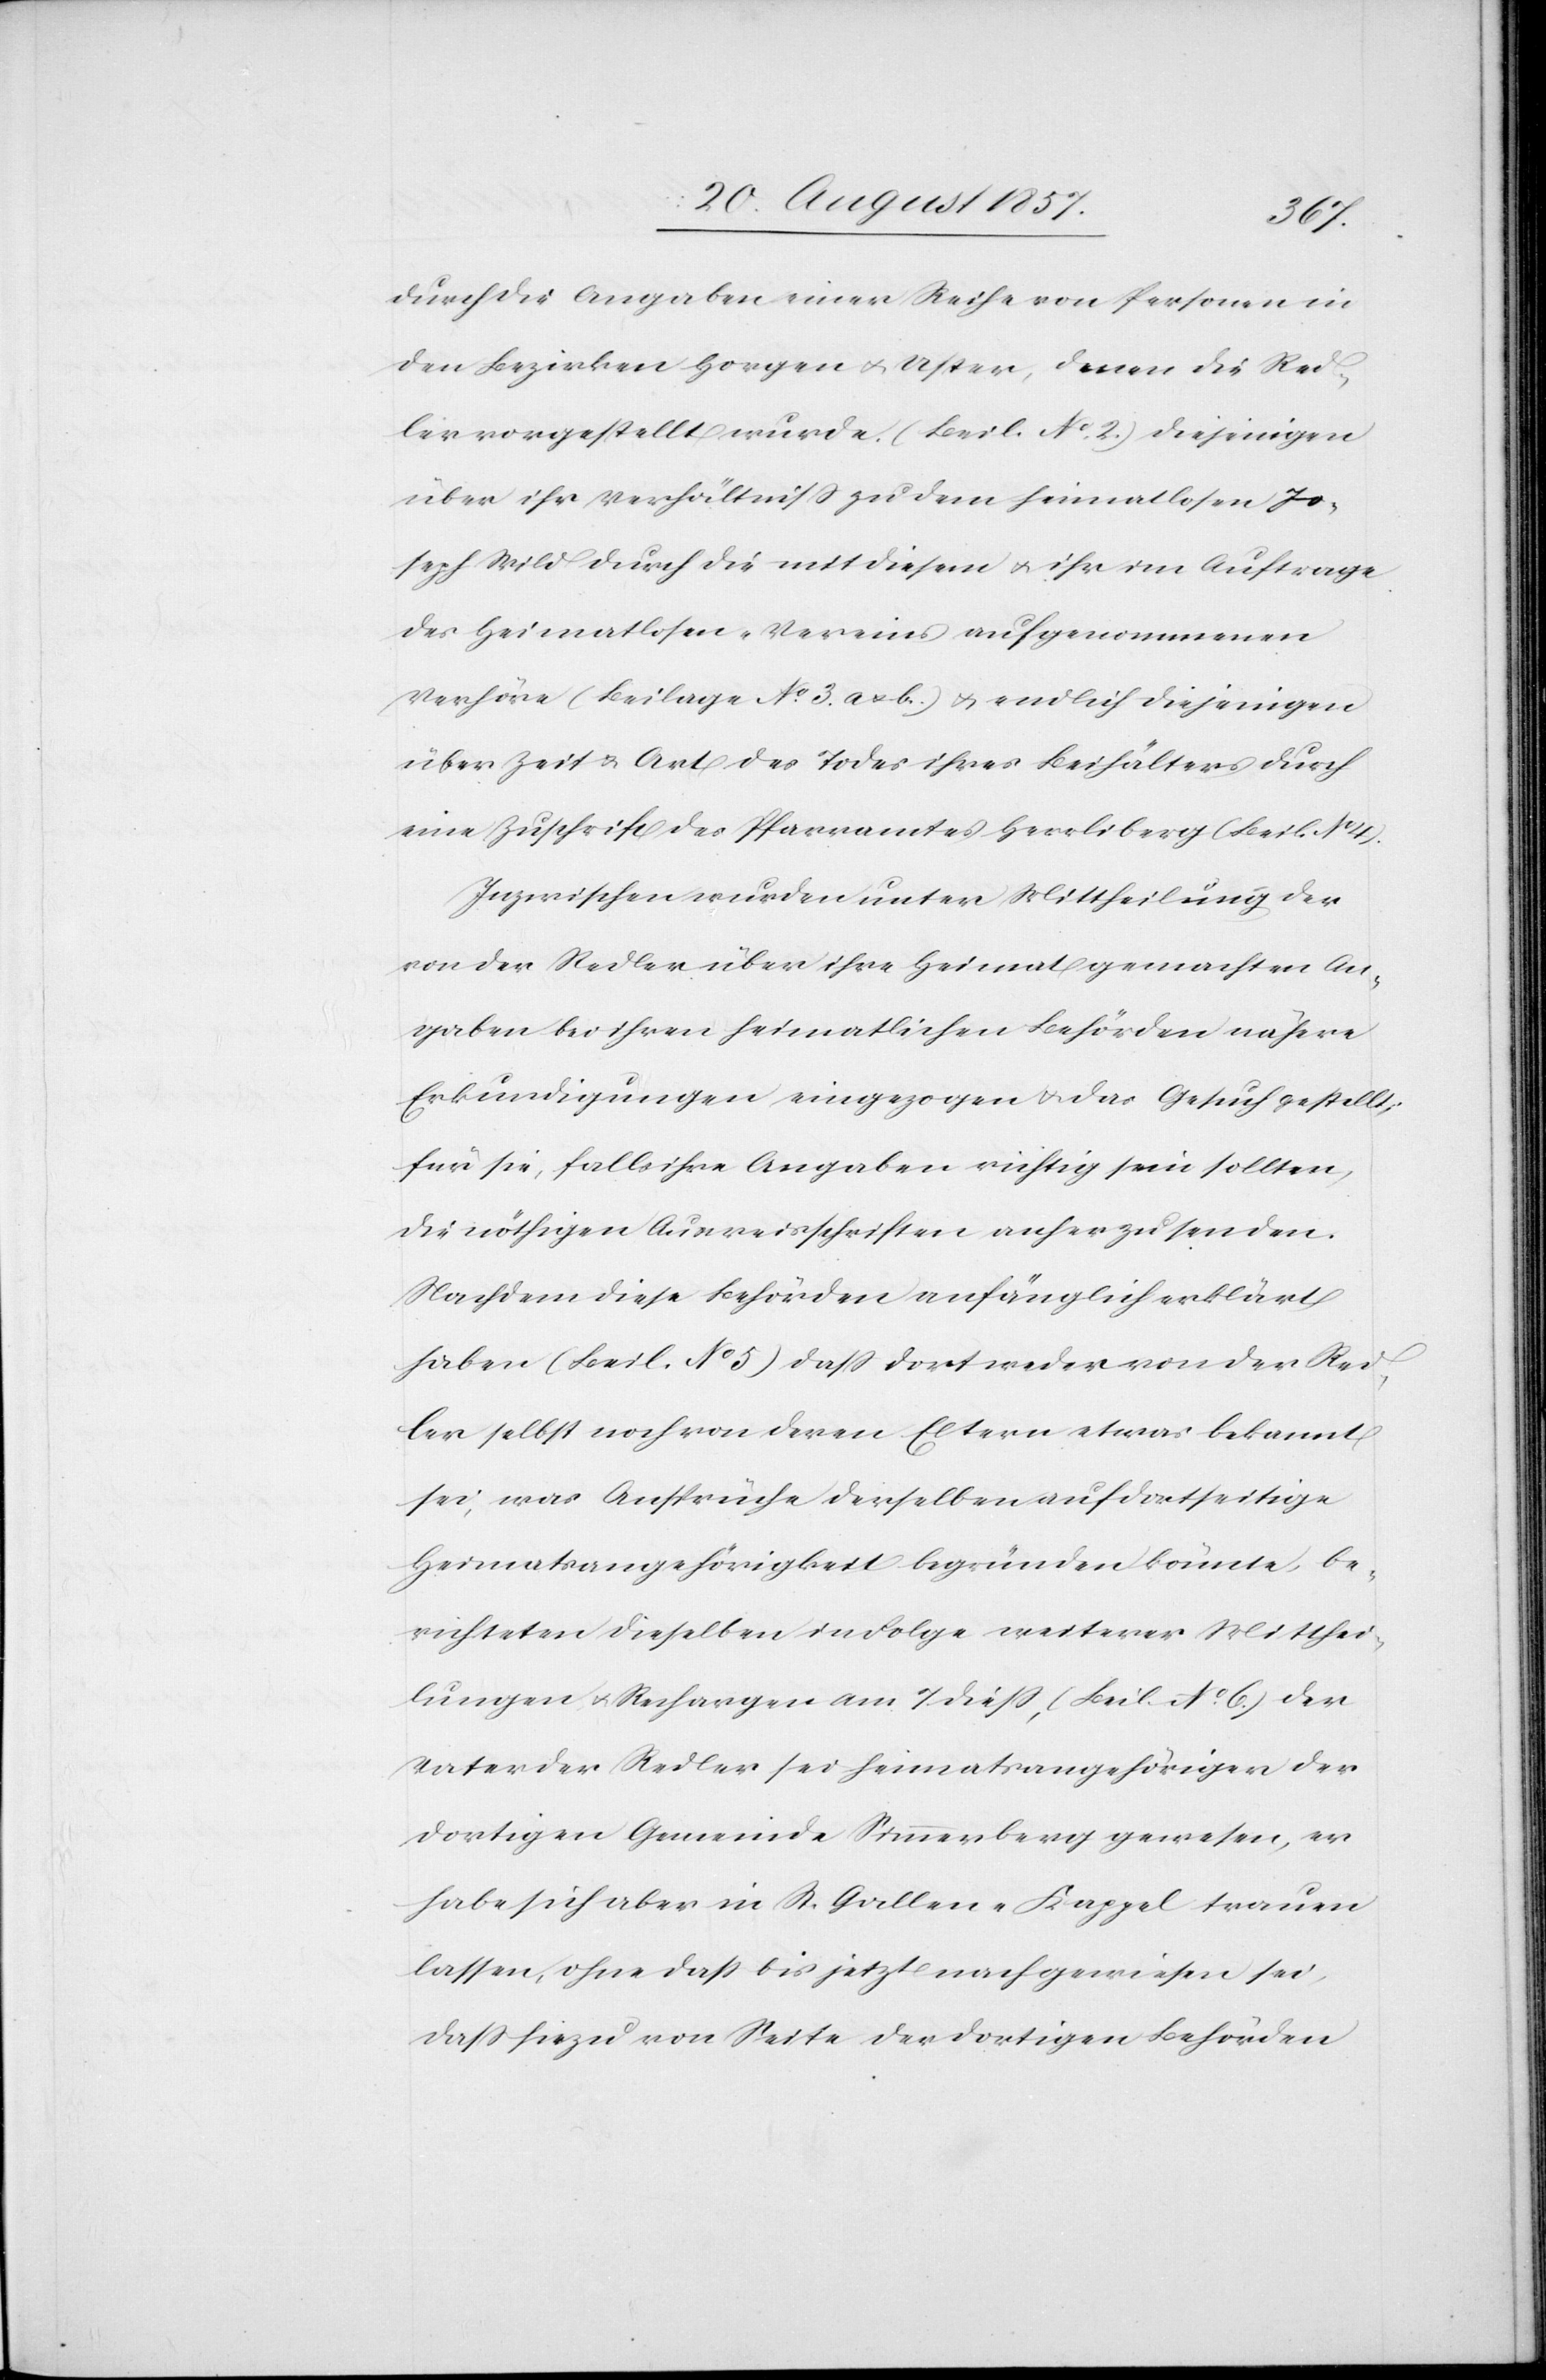
durch die Angaben einer Reihe von Personen in
den Bezirken Horgen & Uster, denen die Red¬
ler vorgestellt wurde. (Beil. No. 2.) Diejenigen
über ihr Verhältniß zu dem heimatlosen Jo¬
seph Wild durch die mit diesem & ihr im Auftrage
des Heimatlosen-Vereins aufgenommenen
Verhöre (Beilage No. 3. a & b.) & endlich diejenigen
über Zeit & Art des Todes ihres Beihälters durch
eine Zuschrift des Pfarramtes Herrliberg (Beil. No.
Inzwischen wurden unter Mittheilung der
von der Redler über ihre Heimat gemachten An¬
gaben bei ihren heimatlichen Behörden nähere
Erkundigungen eingezogen & das Gesuch gestellt,
für sie, falls ihre Angaben richtig sein sollten,
die nöthigen Ausweisschriften anherzusenden.
Nachdem diese Behörden anfänglich erklärt
haben (Beil. No 5) daß dort weder von der Red¬
ler selbst noch von deren Eltern etwas bekannt
sei, was Ansprüche derselben auf dortseitige
Heimatsangehörigkeit begründen könnte, be¬
richteten dieselben in Folge weiterer Mitthei¬
lungen & Rechargen am 7 dieß, (Beil. No. 6.) der
Vater der Redler sei heimatsangehöriger der
dortigen Gemeinde Simmerberg gewesen, er
habe sich aber in St. Gallen-Kappel trauen
lassen, ohne daß bis jetzt nachgewiesen sei,
daß hiezu von Seite der dortigen Behörden